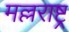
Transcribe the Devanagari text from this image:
मल्लराष्ट्र